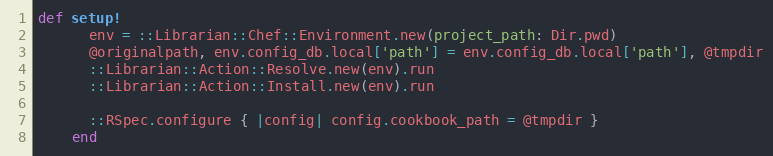
Language: Ruby
def setup!
      env = ::Librarian::Chef::Environment.new(project_path: Dir.pwd)
      @originalpath, env.config_db.local['path'] = env.config_db.local['path'], @tmpdir
      ::Librarian::Action::Resolve.new(env).run
      ::Librarian::Action::Install.new(env).run

      ::RSpec.configure { |config| config.cookbook_path = @tmpdir }
    end